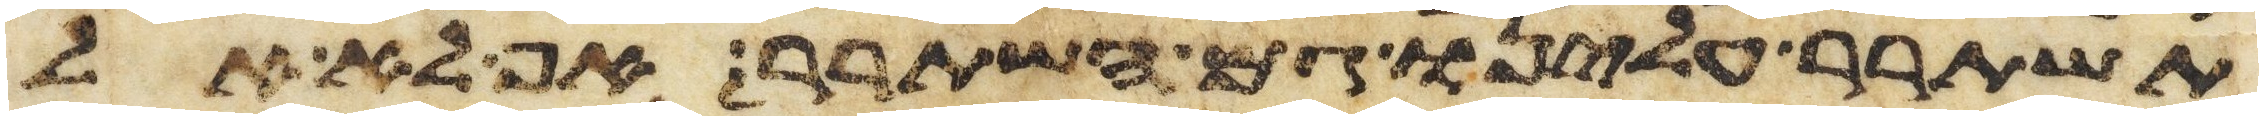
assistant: תשתרר עלינו גם השתרר אף לא אל